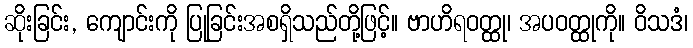
ဆိုးခြင်း, ကျောင်းကို ပြုခြင်းအစရှိသည်တို့ဖြင့်။ ဗာဟိရဝတ္ထု၊ အပဝတ္ထုကို။ ဝိသဒံ၊